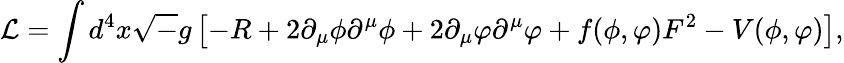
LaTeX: {\cal L}=\int d^{4}x{\sqrt-g}\left[-R+2\partial_{\mu}\phi\partial^{\mu}\phi+2\partial_{\mu}\varphi\partial^{\mu}\varphi+f(\phi,\varphi)F^{2}-V(\phi,\varphi)\right],